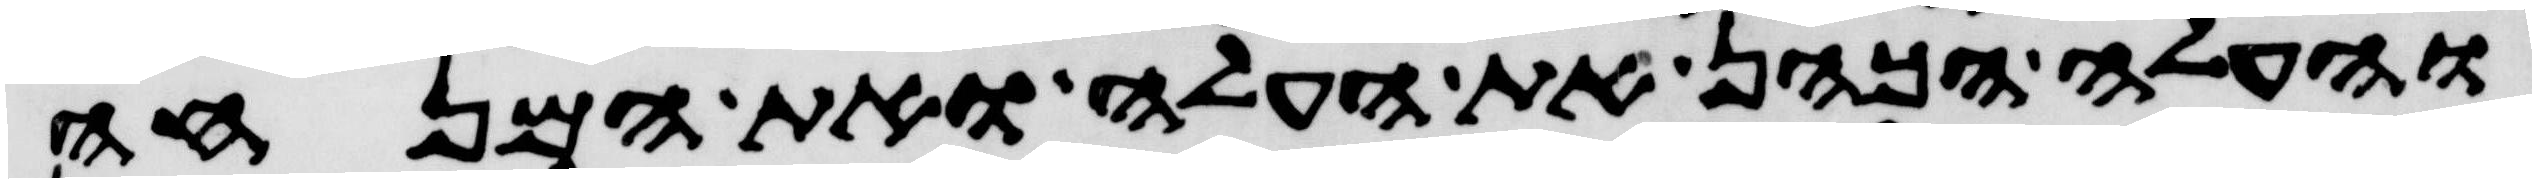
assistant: והעלה הכהן את העלה ואת המנחה